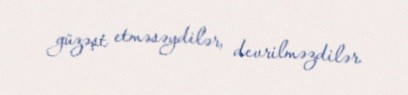
güzəşt etməsəydilər, devrilməzdilər.